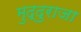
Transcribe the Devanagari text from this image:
मुद्दुराजा